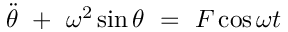
\Ddot { \theta } \ + \ \omega ^ { 2 } \sin { \theta } \ = \ F \cos { \omega t }